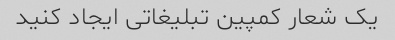
یک شعار کمپین تبلیغاتی ایجاد کنید